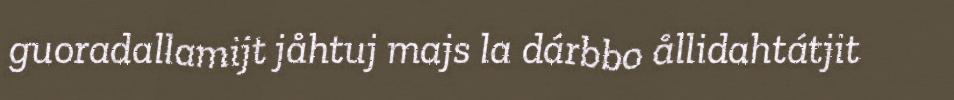
guoradallamijt jåhtuj majs la dárbbo ållidahtátjit